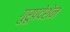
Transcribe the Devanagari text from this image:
गुरूपदेशेन